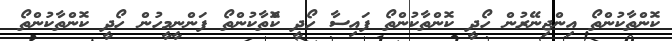
ކޮންތާކުންތޯ އިންޖިނޭރުން ހޯދީ ކޮންތާކުންތޯ ފައިސާ ހޯދީ ކޮްތާކުންތޯ ފަންނީމީހުން ހޯދީ ކޮންތާކުންތޯ